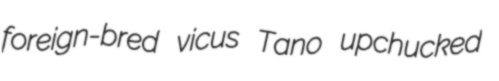
foreign-bred vicus Tano upchucked